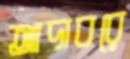
আদাবরে